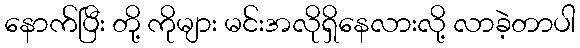
နောက်ပြီး တို့ ကိုများ မင်းအလိုရှိနေလားလို့ လာခဲ့တာပါ